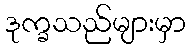
ဒုက္ခသည်များမှာ